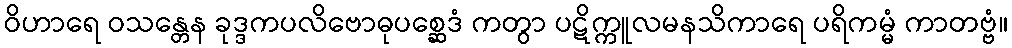
ဝိဟာရေ ဝသန္တေန ခုဒ္ဒကပလိဗောဓုပစ္ဆေဒံ ကတွာ ပဋိက္ကူလမနသိကာရေ ပရိကမ္မံ ကာတဗ္ဗံ။